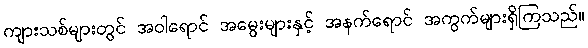
ကျားသစ်များတွင် အဝါရောင် အမွေးများနှင့် အနက်ရောင် အကွက်များရှိကြသည်။